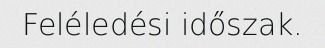
Feléledési időszak.